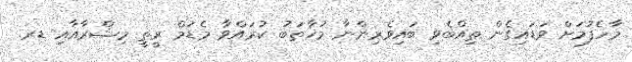
މާހެފުމަށް ވަޑައިގެން ތިއްބެވި ބައިވެރިންނާ މުޚާޠަބު ކުރައްވާ މެޑަމް ރީތީ މިޝްރާއާއި ޑރ.